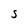
Character: S